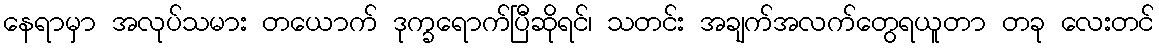
နေရာမှာ အလုပ်သမား တယောက် ဒုက္ခရောက်ပြီဆိုရင်၊ သတင်း အချက်အလက်တွေရယူတာ တခု လေးတင်